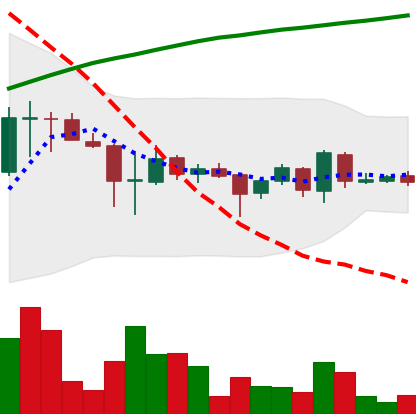
Ticker: EOS-USD
Chart end date: 2018-04-09
Forward return: 46.469%
Label: up_7plus